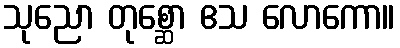
သုညော တုစ္ဆော ဧသ လောကော။